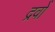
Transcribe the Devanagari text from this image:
द्रवोँ